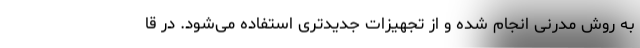
به روش مدرنی انجام شده و از تجهیزات جدیدتری استفاده می‌شود. در قا